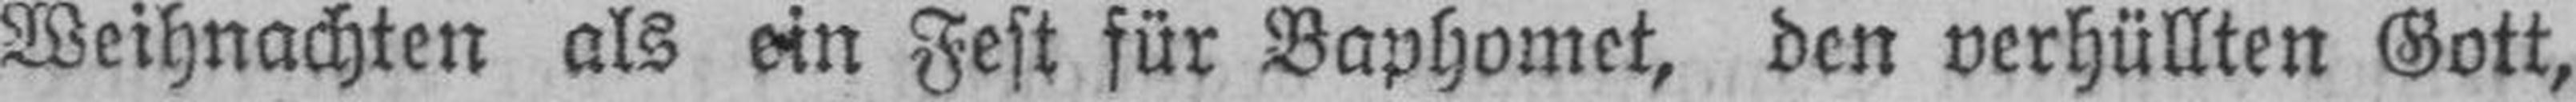
Weihnachten als ein Fest für Baphomet, den verhüllten Gott,